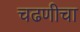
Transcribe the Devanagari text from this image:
चढणीचा